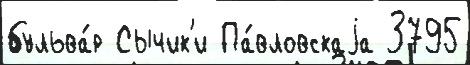
бульва́р Сычик'и Па́вловскаjа 3795